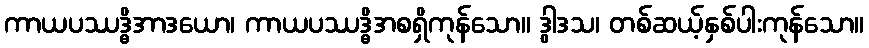
ကာယပဿဒ္ဓိအာဒယော၊ ကာယပဿဒ္ဓိအစရှိကုန်သော။ ဒွါဒသ၊ တစ်ဆယ့်နှစ်ပါးကုန်သော။